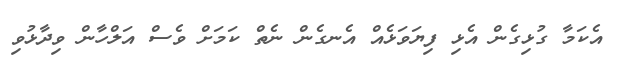
އެކަމާ ގުޅިގެން އެޅި ފިޔަވަޅެއް އެނގެން ނެތް ކަމަށް ވެސް އަލްހާން ވިދާޅުވި